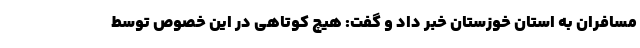
مسافران به استان خوزستان خبر داد و گفت: هیچ کوتاهی در این خصوص توسط